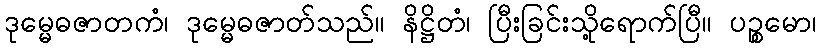
ဒုမ္မေဓဇာတကံ၊ ဒုမ္မေဓဇာတ်သည်။ နိဋ္ဌိတံ၊ ပြီးခြင်းသို့ရောက်ပြီ။ ပဉ္စမော၊